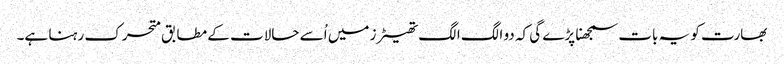
بھارت کو یہ بات سمجھنا پڑے گی کہ دو الگ الگ تھیٹرز میں اُسے حالات کے مطابق متحرک رہنا ہے۔